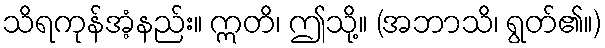
သိရကုန်အံ့နည်း။ ဣတိ၊ ဤသို့။ (အဘာသိ၊ ရွတ်၏။)